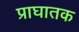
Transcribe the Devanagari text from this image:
प्राघातक